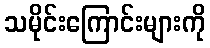
သမိုင်းကြောင်းများကို